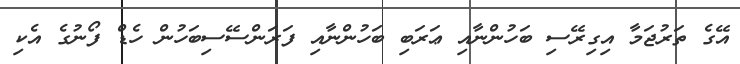
އޭގެ ތަރުޖަމާ އިގިރޭސި ބަހުންނާއި ޢަރަބި ބަހުންނާއި ފަރަންސޭސިބަހުން ހެޑް ފޯނުގެ އެކި